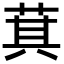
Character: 萁